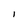
Character: l